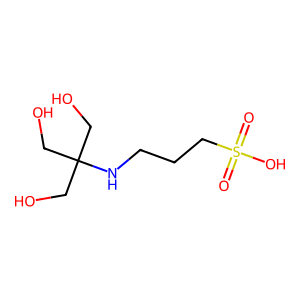
SMILES: O=S(=O)(O)CCCNC(CO)(CO)CO
Inhibits HIV replication: No